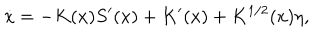
\dot { x } = - K ( x ) S ^ { \prime } ( x ) + K ^ { \prime } ( x ) + K ^ { 1 / 2 } ( x ) \eta ,